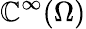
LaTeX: \mathbb{C}^{\infty}(\Omega)